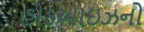
હોકઆઇઝનો